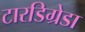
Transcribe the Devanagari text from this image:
टारडिग्रेडा